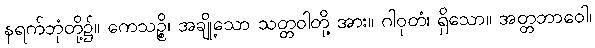
နရက်ဘုံတို့၌။ ကေသဉ္စိ၊ အချို့သော သတ္တဝါတို့ အား။ ဂါဝုတံ၊ ရှိသော။ အတ္တဘာဝေါ၊